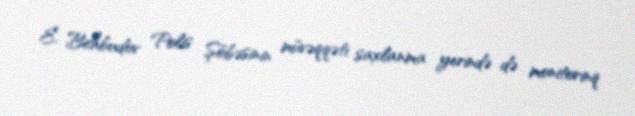
E. Behbudov Polis Şöbəsinin müvəqqəti saxlanma yerində də monitorinq